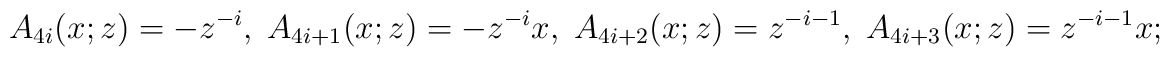
A_{4i}(x;z)=-z^{-i},\;A_{4i+1}(x;z)=-z^{-i}x,\;A_{4i+2}(x;z)=z^{-i-1},\;A_{4i+3}(x;z)=z^{-i-1}x;